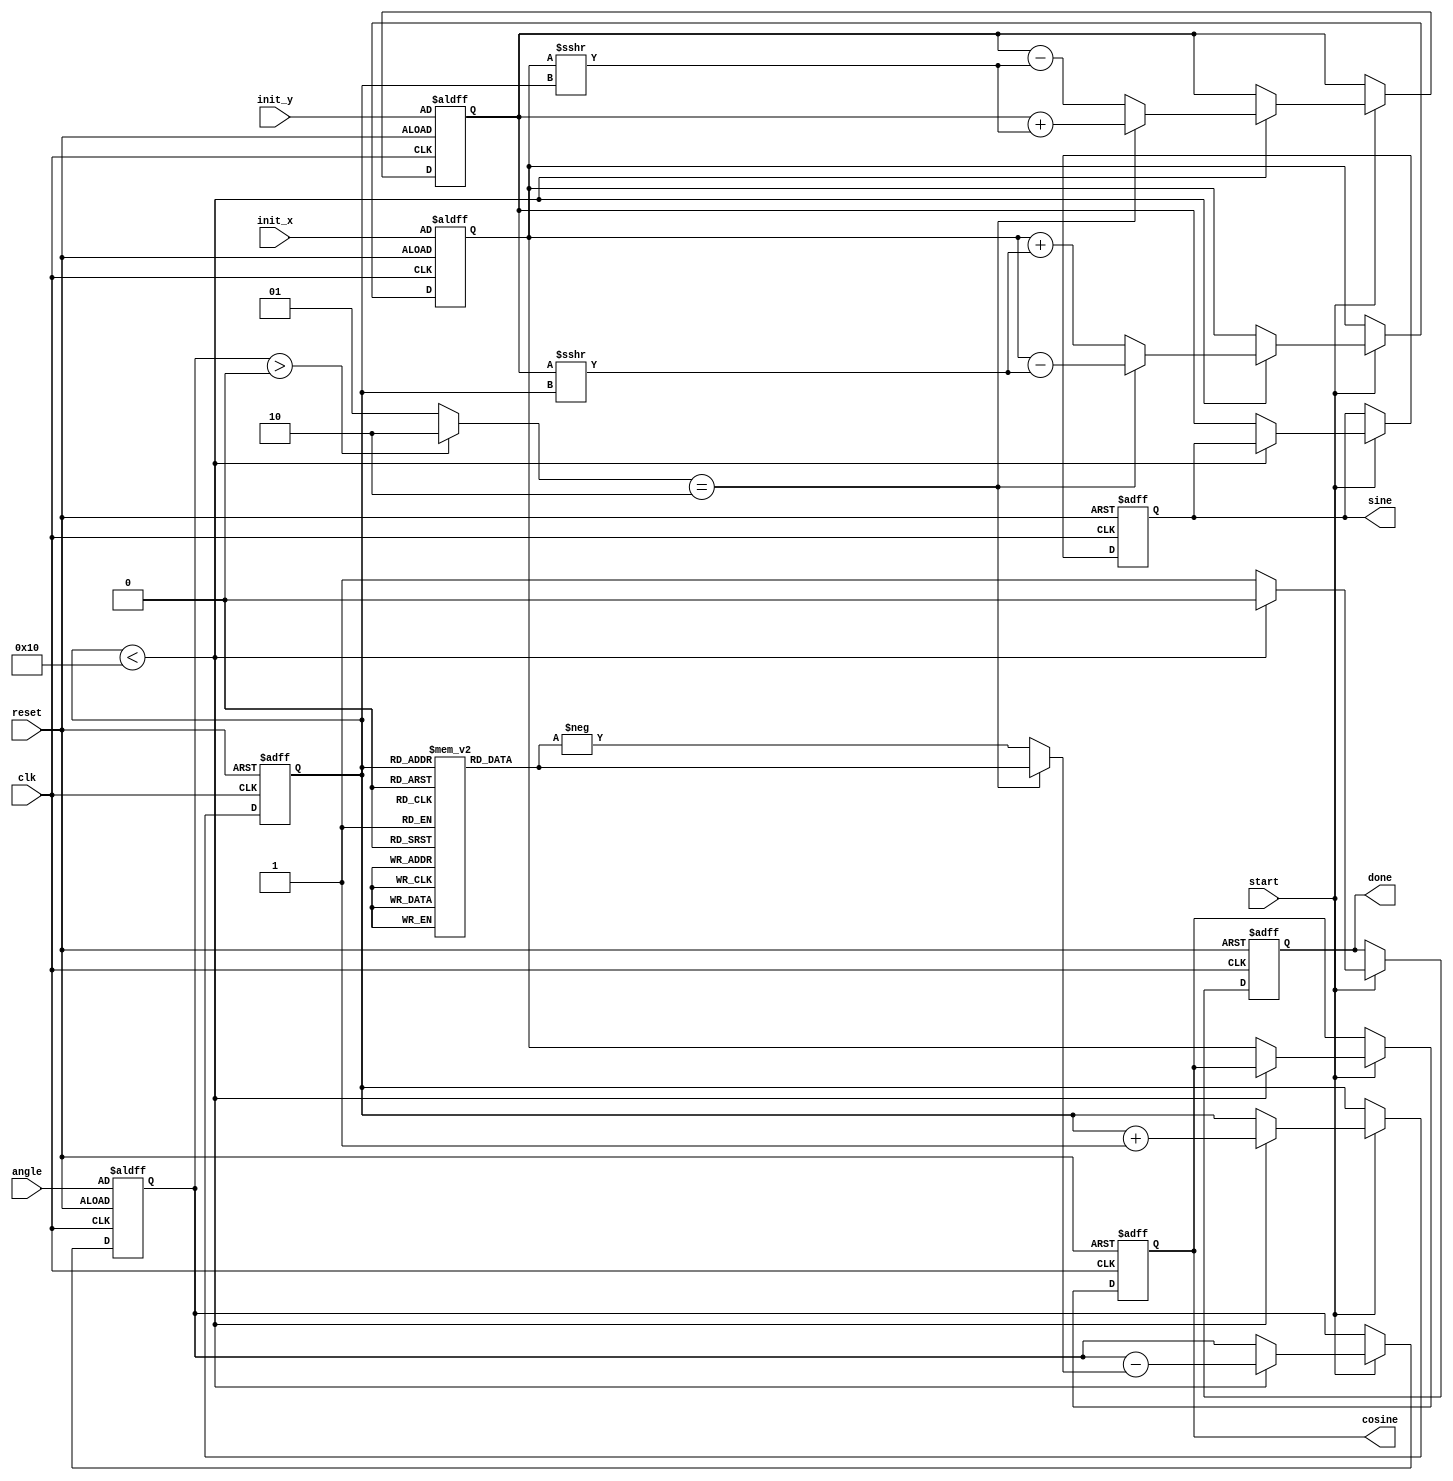
module cordic(
    input wire clk,
    input wire reset,
    input wire start,
    input wire [15:0] angle,   // Angle input in fixed-point format (16-bit)
    input wire [15:0] init_x,  // Initial x vector (16-bit)
    input wire [15:0] init_y,  // Initial y vector (16-bit)
    output reg [15:0] cosine,   // Output for cosine
    output reg [15:0] sine,     // Output for sine
    output reg done
);
    
    // Parameters
    parameter NUM_ITER = 16;
    
    // Lookup Tables (LUTs)
    reg [15:0] angle_lut [0:NUM_ITER-1];
    reg [15:0] scale_lut [0:NUM_ITER-1];
    
    // Registers
    reg [15:0] x, y;
    reg [15:0] angle_acc;
    reg [3:0] iteration;
    reg [1:0] direction; // 0: no rotation, 1: clockwise, 2: counter-clockwise

    initial begin
        // Initialize angle LUT with precomputed arctangents (in fixed-point)
        angle_lut[0] = 16'h3F45; // atan(2^0) = 0.4636 in fixed-point
        angle_lut[1] = 16'h3F2C; // atan(2^-1) = 0.2618 in fixed-point
        angle_lut[2] = 16'h3F1B; // atan(2^-2) = 0.1974 in fixed-point
        angle_lut[3] = 16'h3F0E; // ...
        // Add remaining values
        // Scale factors optionally can be precomputed and initialized here
        scale_lut[0] = 16'h0001; // scaling factor for the first iteration
        scale_lut[1] = 16'h0000; // ...
        // Add remaining scaling factors
    end

    // State machine for the CORDIC computation
    always @(posedge clk or posedge reset) begin
        if (reset) begin
            x <= init_x;
            y <= init_y;
            angle_acc <= angle;
            iteration <= 0;
            done <= 0;
            cosine <= 0;
            sine <= 0;
        end else if (start) begin // Begin iterations on start signal
            if (iteration < NUM_ITER) begin
                // Determine rotation direction
                direction = angle_acc > 0 ? 2'b10 : 2'b01; // 2'b10: counter-clockwise, 2'b01: clockwise

                // Update angle accumulation
                angle_acc <= angle_acc - (direction == 2'b10 ? angle_lut[iteration] : -angle_lut[iteration]);

                // CORDIC core rotation equations
                if (direction == 2'b10) begin
                    // Counter-clockwise rotation
                    x <= x - (y >>> iteration); // y / 2^i
                    y <= y + (x >>> iteration); // x / 2^i
                end else begin
                    // Clockwise rotation
                    x <= x + (y >>> iteration); // y / 2^i
                    y <= y - (x >>> iteration); // x / 2^i
                end

                // Update iteration count
                iteration <= iteration + 1;
                done <= 0; // Not done yet
            end else begin
                // Final output assignment - apply scaling...
                cosine <= x; // Final cosine value
                sine <= y;   // Final sine value
                done <= 1;   // Indicate computation is done
            end
        end
    end

endmodule